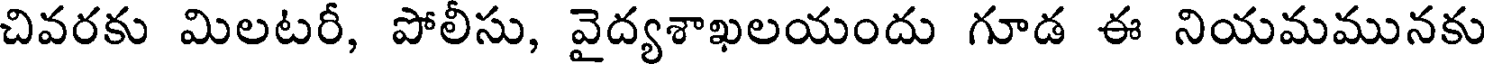
చివరకు మిలటరీ, పోలీసు, వైద్యశాఖలయందు గూడ ఈ నియమమునకు